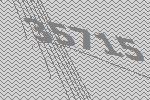
35715